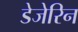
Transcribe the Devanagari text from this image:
डेजेरिन